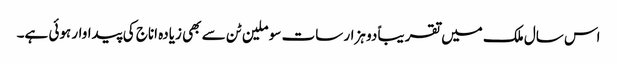
اس سال ملک میں تقریباً دو ہزار سات سو ملین ٹن سے بھی زیادہ اناج کی پیداوار ہوئی ہے۔